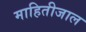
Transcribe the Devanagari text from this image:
माहितीजाल